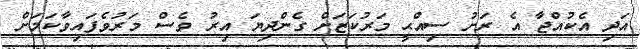
އަދި އެކުއްޖާ އެ ރަށު ސިއްޙީ މަރުކަޒަށް ގެންދިޔަ އިރު ވެސް މަރުވެފައިވާކަމަށް